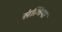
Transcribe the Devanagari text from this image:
संल्विया